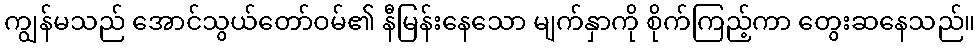
ကျွန်မသည် အောင်သွယ်တော်ဝမ်၏ နီမြန်းနေသော မျက်နှာကို စိုက်ကြည့်ကာ တွေးဆနေသည်။